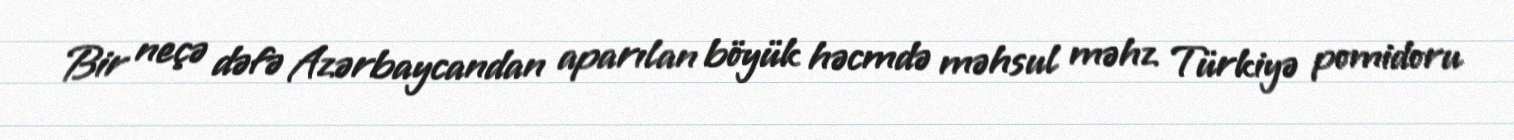
Bir neçə dəfə Azərbaycandan aparılan böyük həcmdə məhsul məhz Türkiyə pomidoru